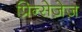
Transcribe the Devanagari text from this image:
प्रिन्सेज़ेज़